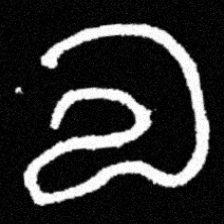
Pyu character \u2014 Myanmar letter: လ (romanized: la)